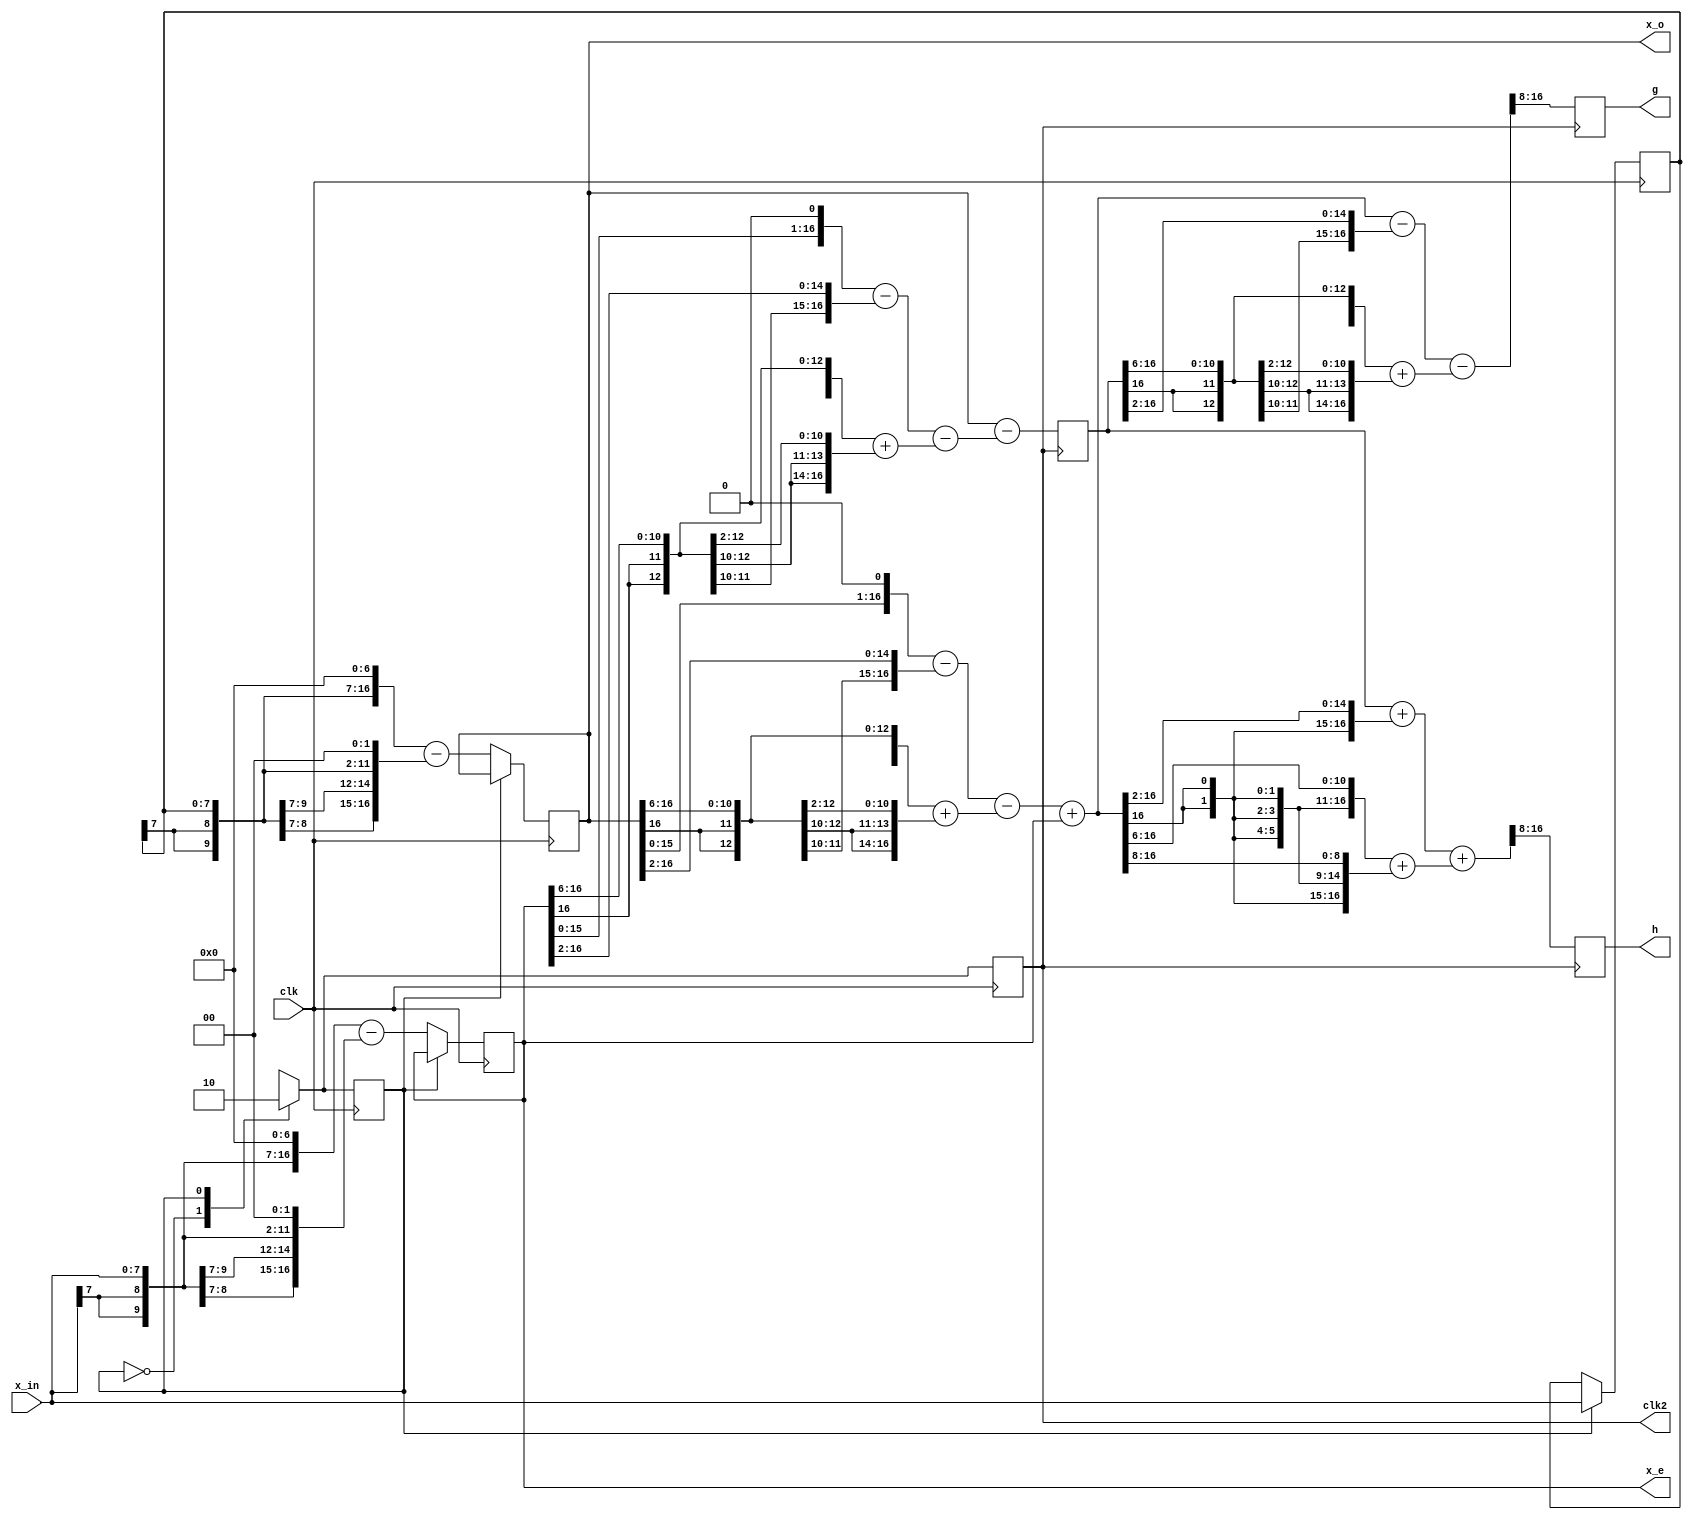
//*********************************************************
// IEEE STD 1364-1995 Verilog file: db4latti.v 
// Author-EMAIL: Uwe.Meyer-Baese@ieee.org
//*********************************************************
module db4latti (clk, x_in, clk2, x_e, x_o, g, h); 

  input          clk;
  output         clk2;
  input  [7:0]  x_in;
  output [16:0]  x_e, x_o;
  output [8:0]   g, h;
  reg    [8:0]   g, h;

  reg  [7:0]  x_wait;
  wire [16:0] x_wait_sxt, x_in_sxt;
  reg  [16:0] sx_up, sx_low;
  wire [24:0] sx_up_sxt, sx_low_sxt;
  reg  clk_div2;
  wire [16:0] sxa0_up, sxa0_low;
  wire [16:0] up0, up1, low1;
  reg  [16:0] low0;
  wire [24:0] up0_sxt, low0_sxt;

  assign x_in_sxt = {{9{x_in[7]}},x_in};
  assign x_wait_sxt = {{9{x_wait[7]}},x_wait};

  always @(posedge clk)    // Split into even and odd
  begin : Multiplex        // samples at clk rate 
    parameter even=0, odd=1;
    reg [0:0] state;
    case (state) 
      even : begin
        // Multiply with 256*s=124
        sx_up   <= (x_in_sxt << 7) - (x_in_sxt << 2);
        sx_low  <= (x_wait_sxt << 7) - (x_wait_sxt << 2);
        clk_div2 <= 1;
        state <= odd;
      end
      odd : begin
        x_wait <= x_in;
        clk_div2 <= 0;
        state <= even;
      end
    endcase  
  end
  
//******** Multipy a[0] = 1.7321
  assign sx_up_sxt = {{8{sx_up[16]}},sx_up}; 
  assign sx_low_sxt = {{8{sx_low[16]}},sx_low}; 
                                    // i.e. sign extensions
// Compute: (2*sx_up  - sx_up /4)-(sx_up /64 + sx_up /256)
  assign sxa0_up  = ((sx_up_sxt << 1)  - (sx_up_sxt >> 2))
                  - ((sx_up_sxt >> 6) + (sx_up_sxt >> 8)); 
// Compute: (2*sx_low - sx_low/4)-(sx_low/64 + sx_low/256)
  assign sxa0_low = ((sx_low_sxt << 1) - (sx_low_sxt >> 2))
                 - ((sx_low_sxt >> 6) + (sx_low_sxt >> 8));
//******** First stage -- FF in lower tree
  assign up0 = sxa0_low + sx_up;
  always @(negedge clk_div2)
  begin: LowerTreeFF
      low0 <= sx_low - sxa0_up;         
  end

//******** Second stage: a[1]=0.2679
// Compute:   (up0 - low0/4) - (low0/64 + low0/256);
  assign up0_sxt = {{8{up0[16]}},up0};
  assign low0_sxt = {{8{low0[16]}},low0};
  assign up1  = (up0_sxt - (low0_sxt >> 2)) 
                 - ((low0_sxt >> 6) + (low0_sxt >> 8));
// Compute: (low0 + up0/4) + (up0/64  +  up0/256)
  assign low1 = (low0_sxt + (up0_sxt >> 2)) 
                       + ((up0_sxt >> 6) + (up0_sxt >> 8));

  assign x_e  = sx_up;       // Provide some extra 
  assign x_o  = sx_low;      // test signals 
  assign clk2 = clk_div2;

  always @(negedge clk_div2)
  begin: OutputScale
    g <= up1[16:8];      // i.e. up1 / 256
    h <= low1[16:8];     // i.e. low1 / 256;
  end

endmodule